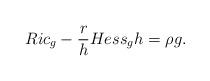
LaTeX: \begin{align*} Ric_g - \frac{r}{h}Hess_g h = \rho g.\end{align*}